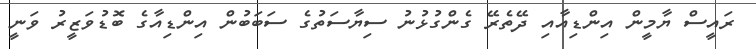
ރައީސް ޔާމީން އިންޑިއާއި ދޭތެރޭ ގެންގުޅުނު ސިޔާސަތުގެ ސަބަބުން އިންޑިއާގެ ބޮޑުވަޒީރު ވަނީ